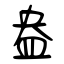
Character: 盎